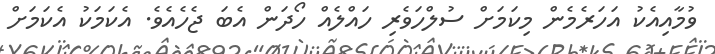
ވުމާއިއެކު އަހަރެމެން މިކަމަށް ސުލްހަވެރި ހައްލެއް ހޯދަން އެބަ ޖެހެއެވެ. އެކަމަކު އެކަމަށް